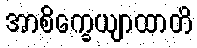
အာစိက္ခေယျာထာတိ